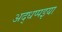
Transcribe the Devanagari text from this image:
अद्धप्पइया